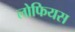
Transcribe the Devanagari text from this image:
लोफियस